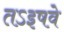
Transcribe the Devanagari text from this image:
तऽइषवे